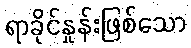
ရာခိုင်နှုန်းဖြစ်သော